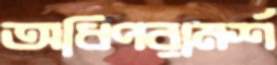
অধিপরামর্শ